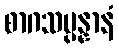
စာဂသမ္ပန္နာနံ